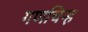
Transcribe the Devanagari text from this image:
गणचिन्ह